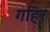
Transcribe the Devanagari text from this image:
गहिर